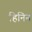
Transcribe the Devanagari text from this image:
हिनिन